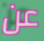
عن